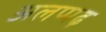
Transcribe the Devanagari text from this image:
अलप्पढ़